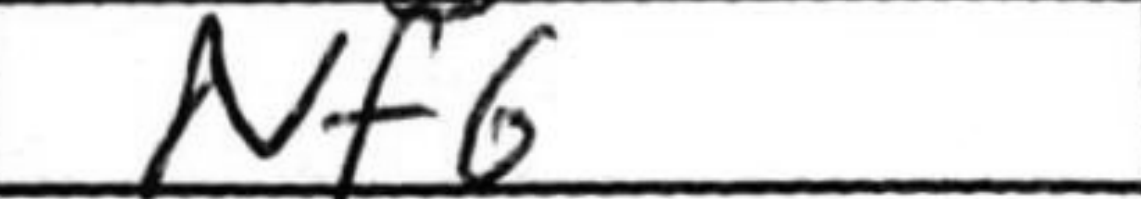
Transcription: Nf6